Bréfritari: Jóhannes Halldórsson
Dagsetning: A-1875-08-22
Skrifað á: Vesturheimi

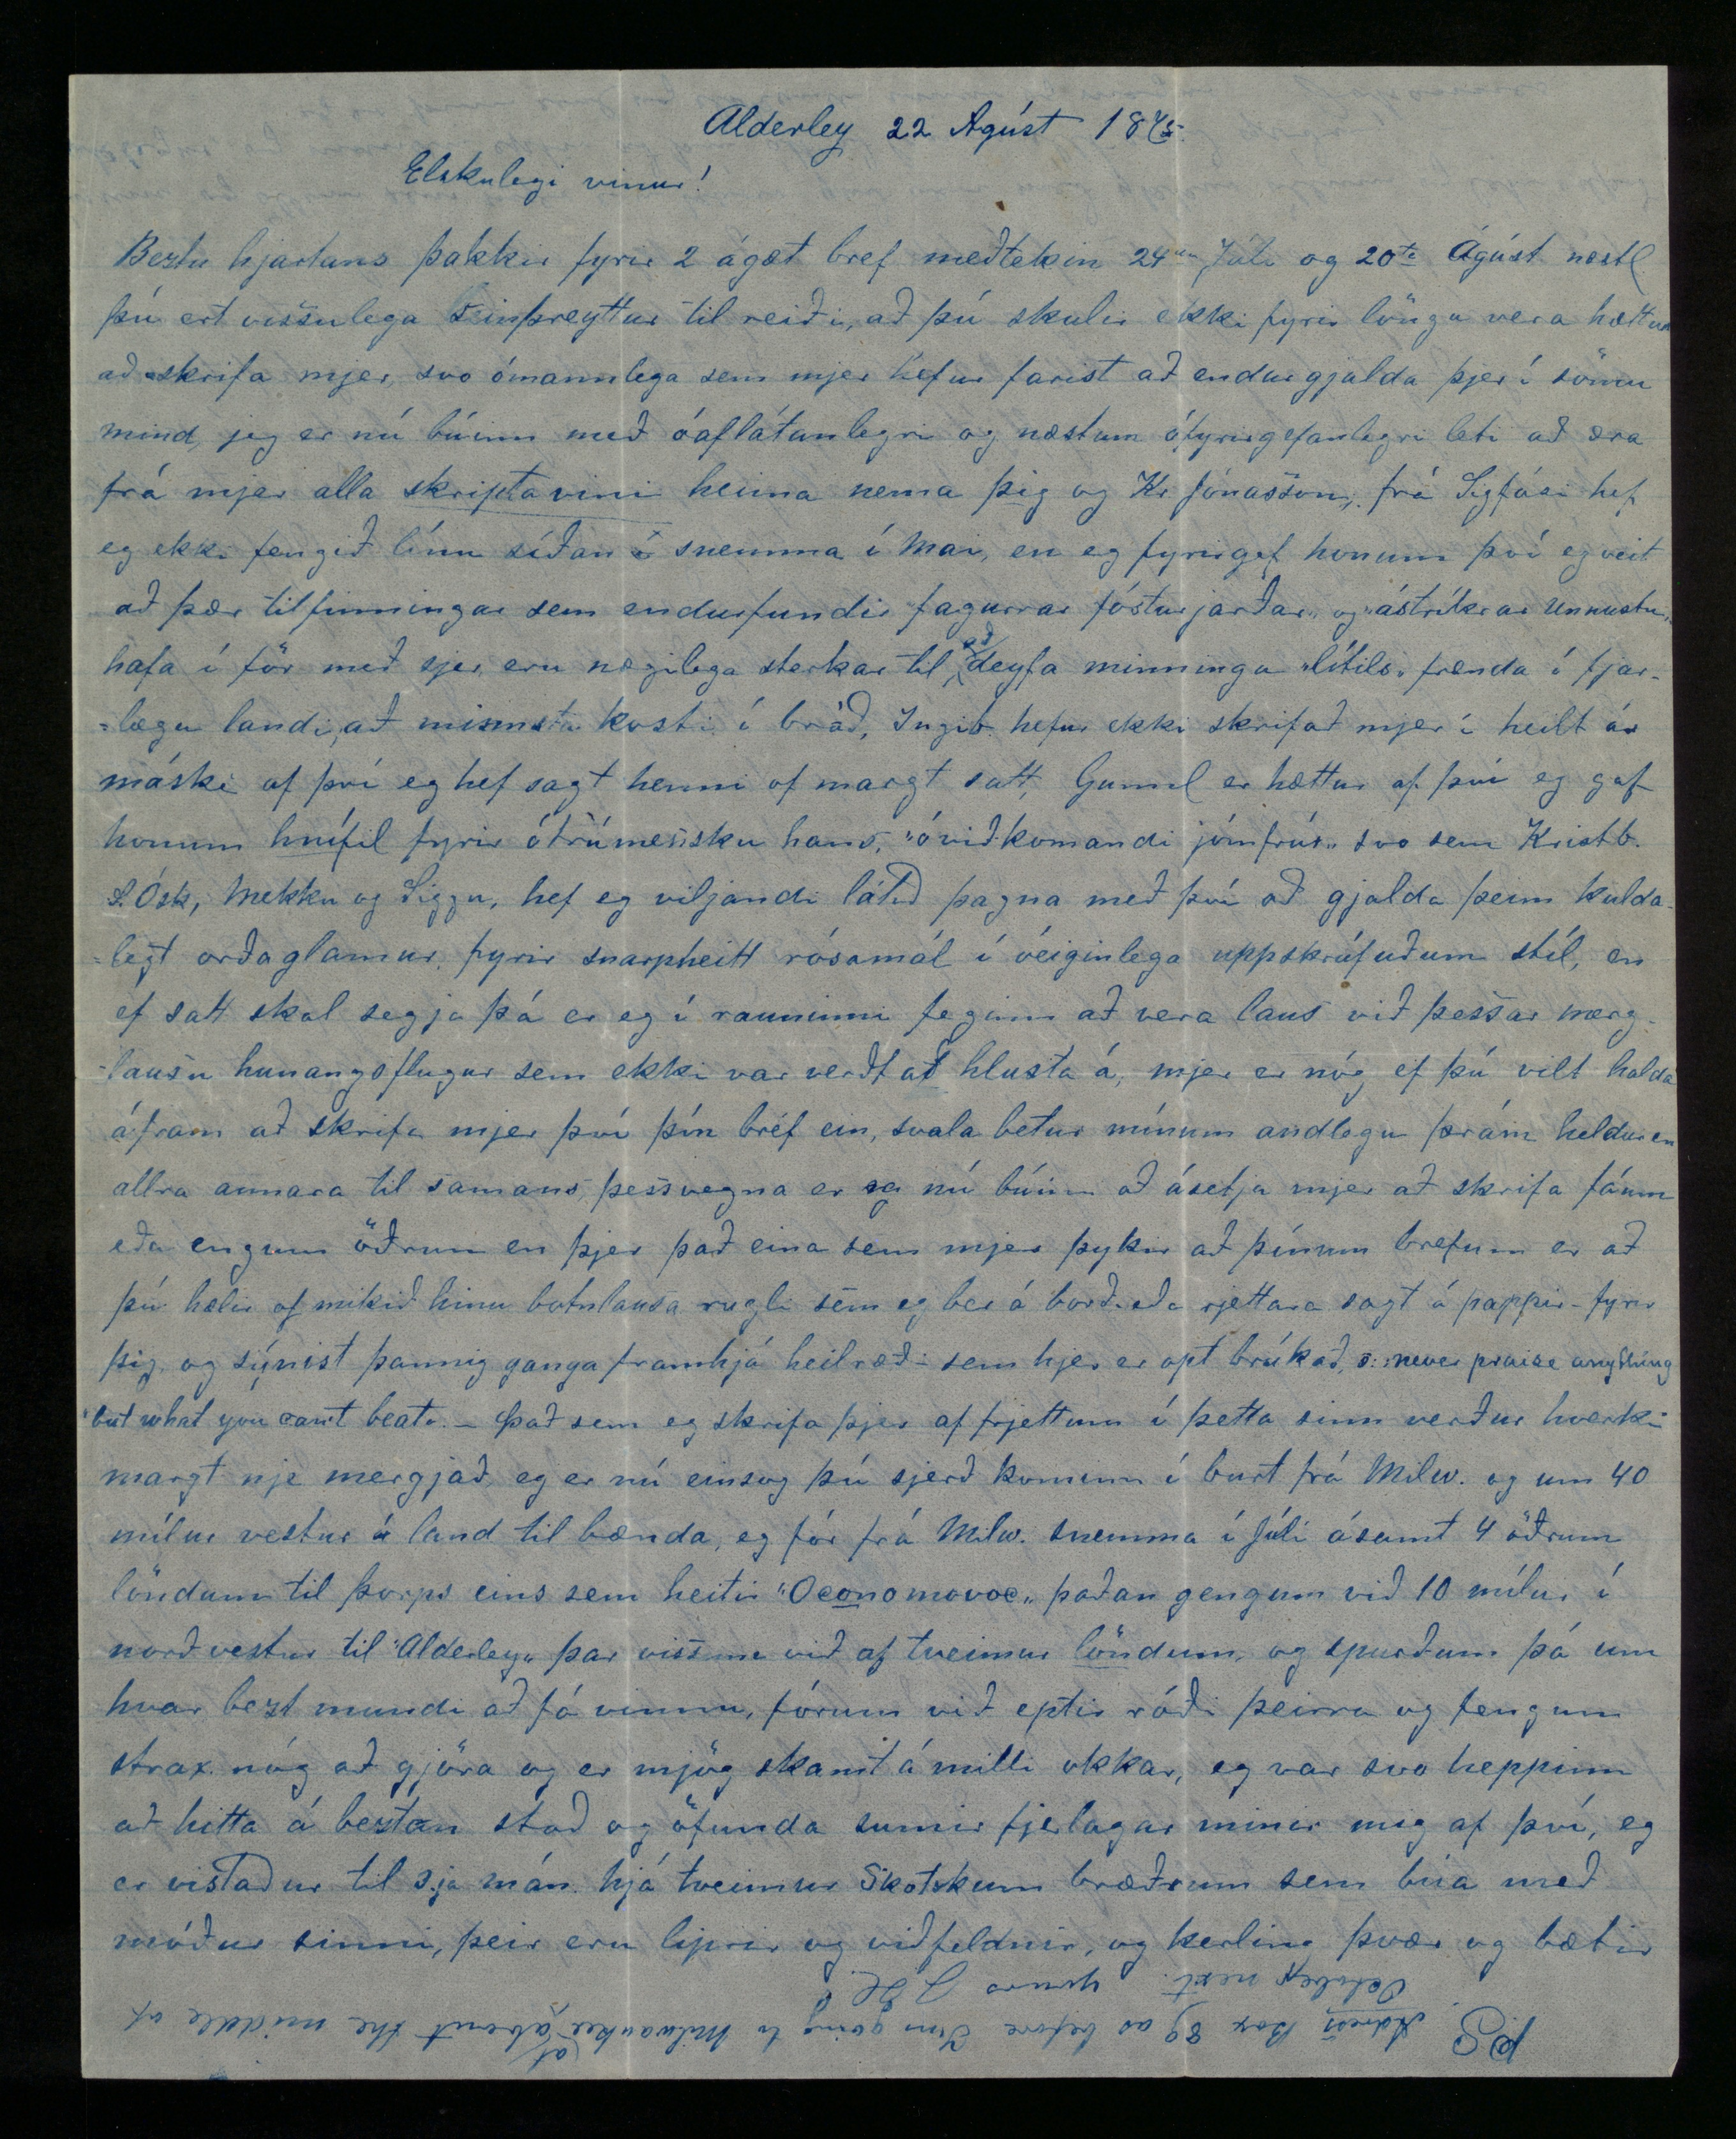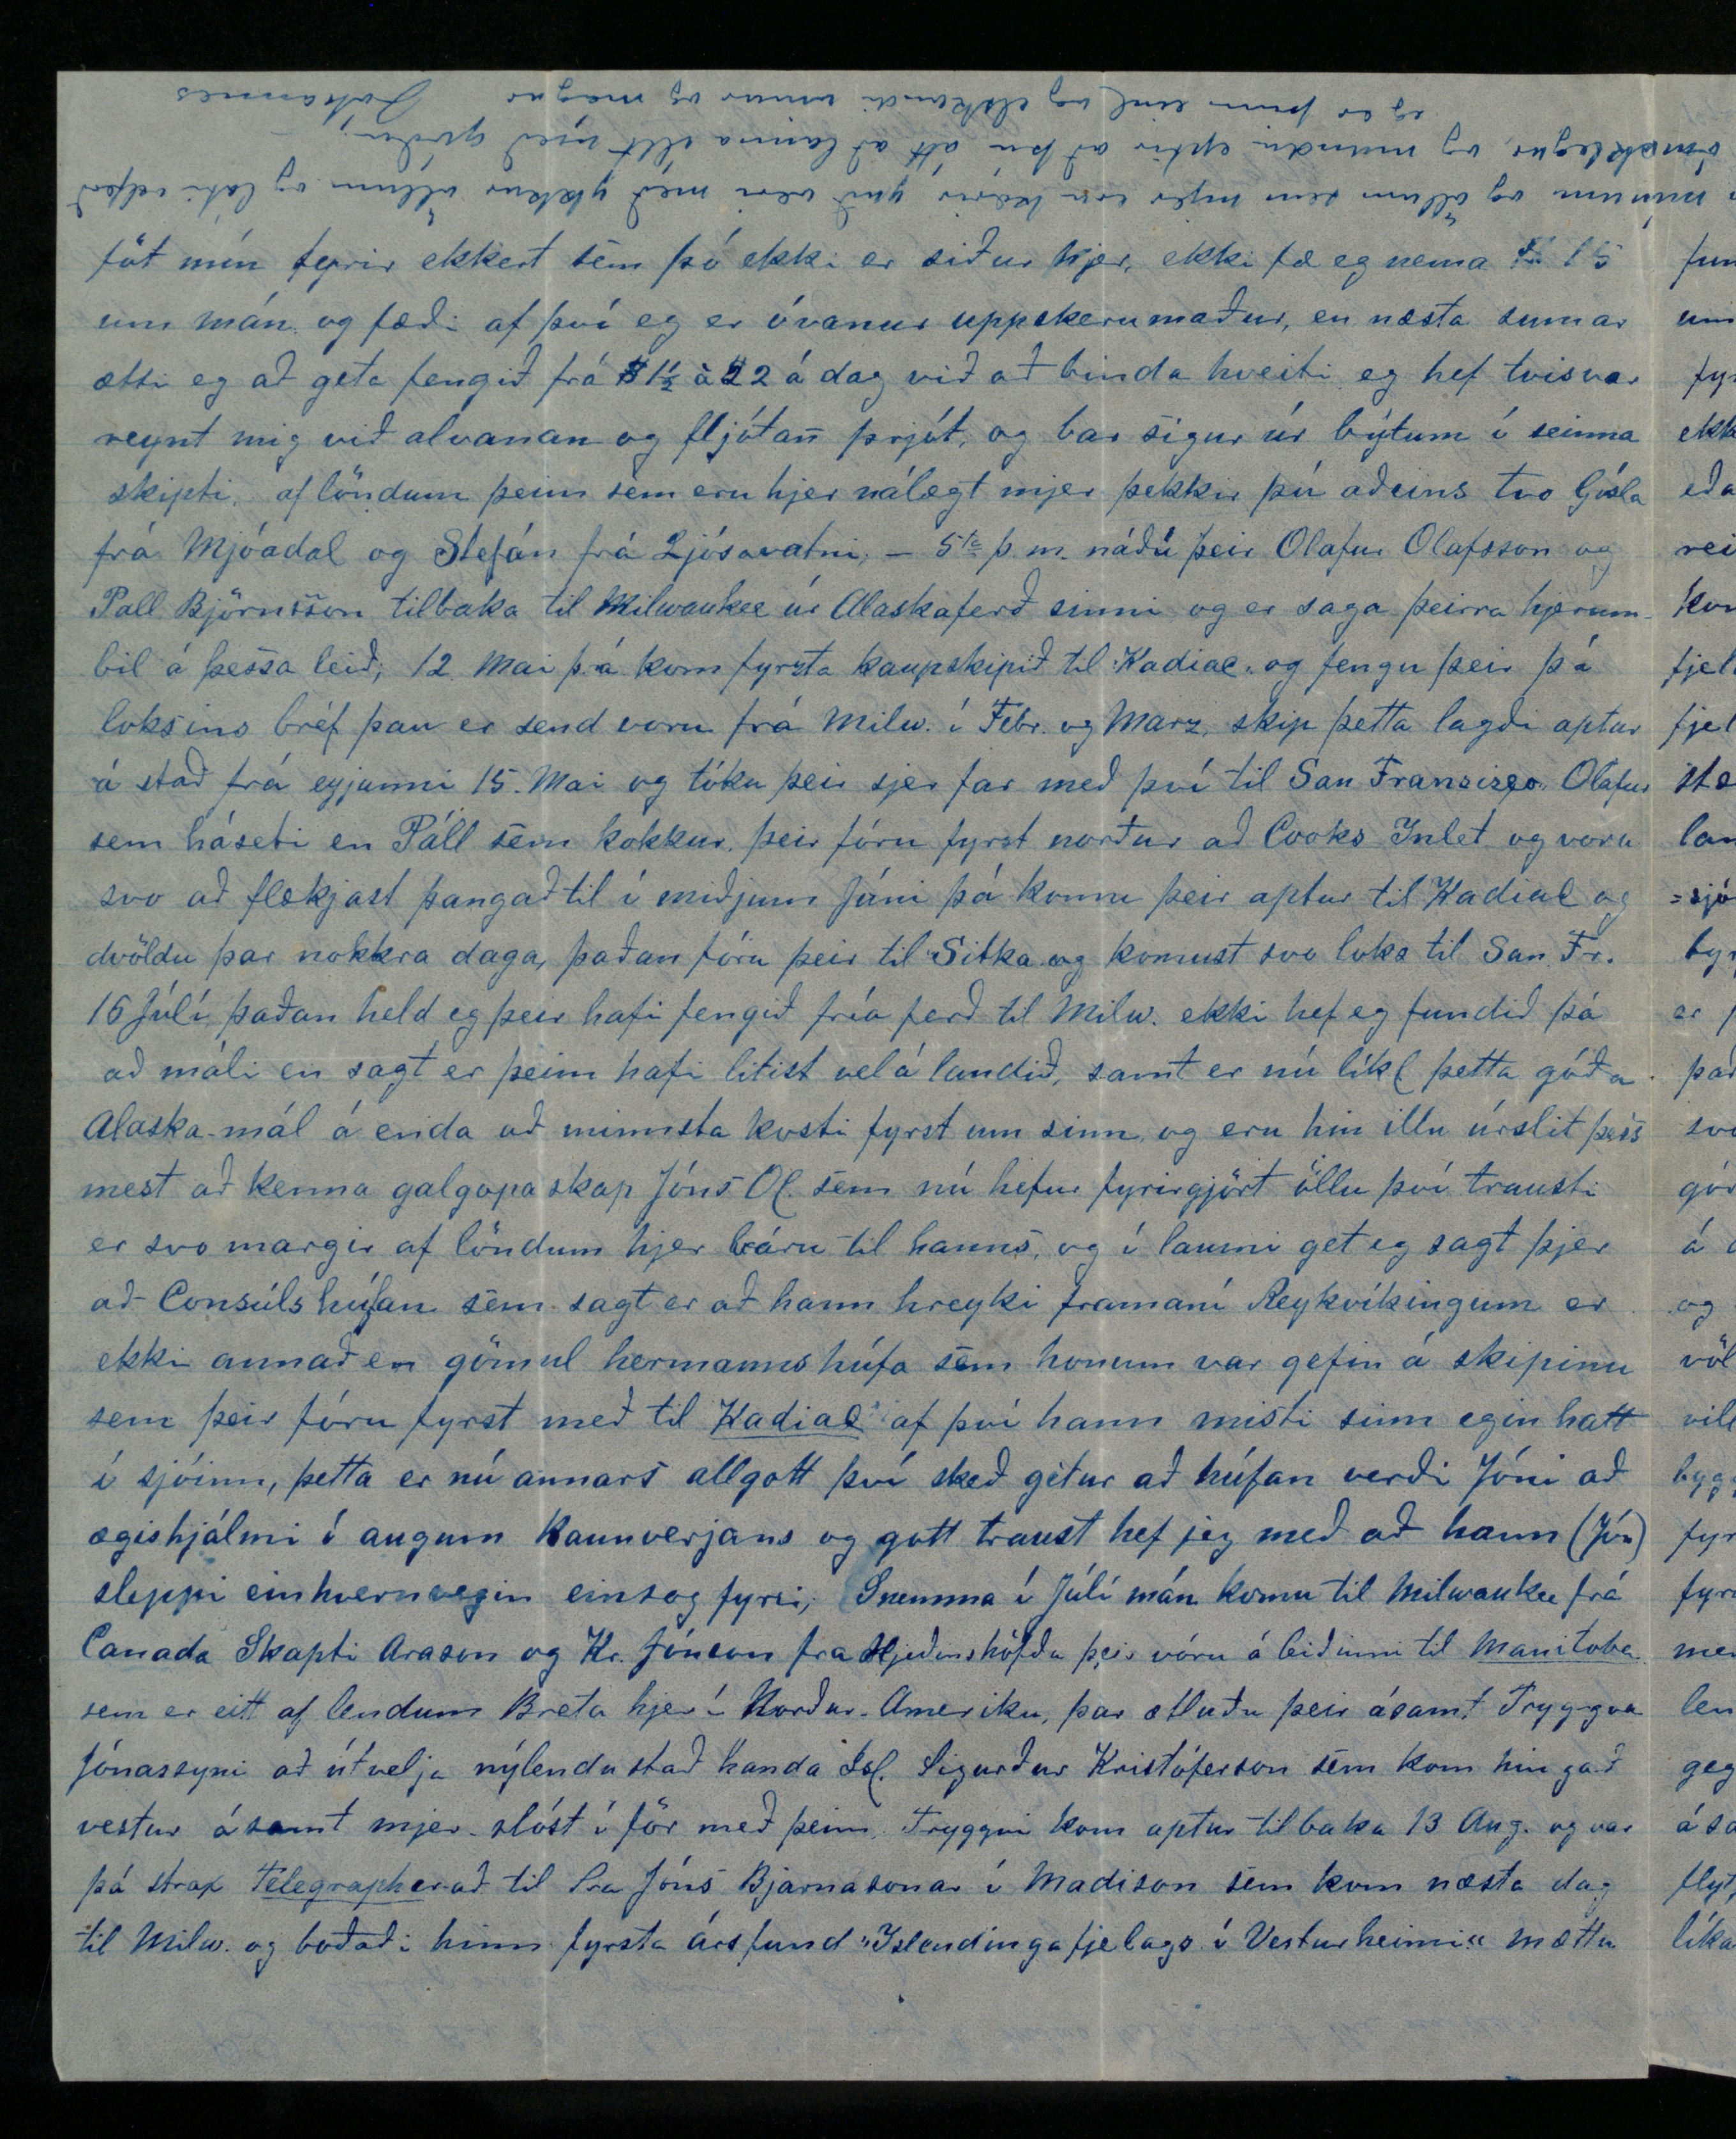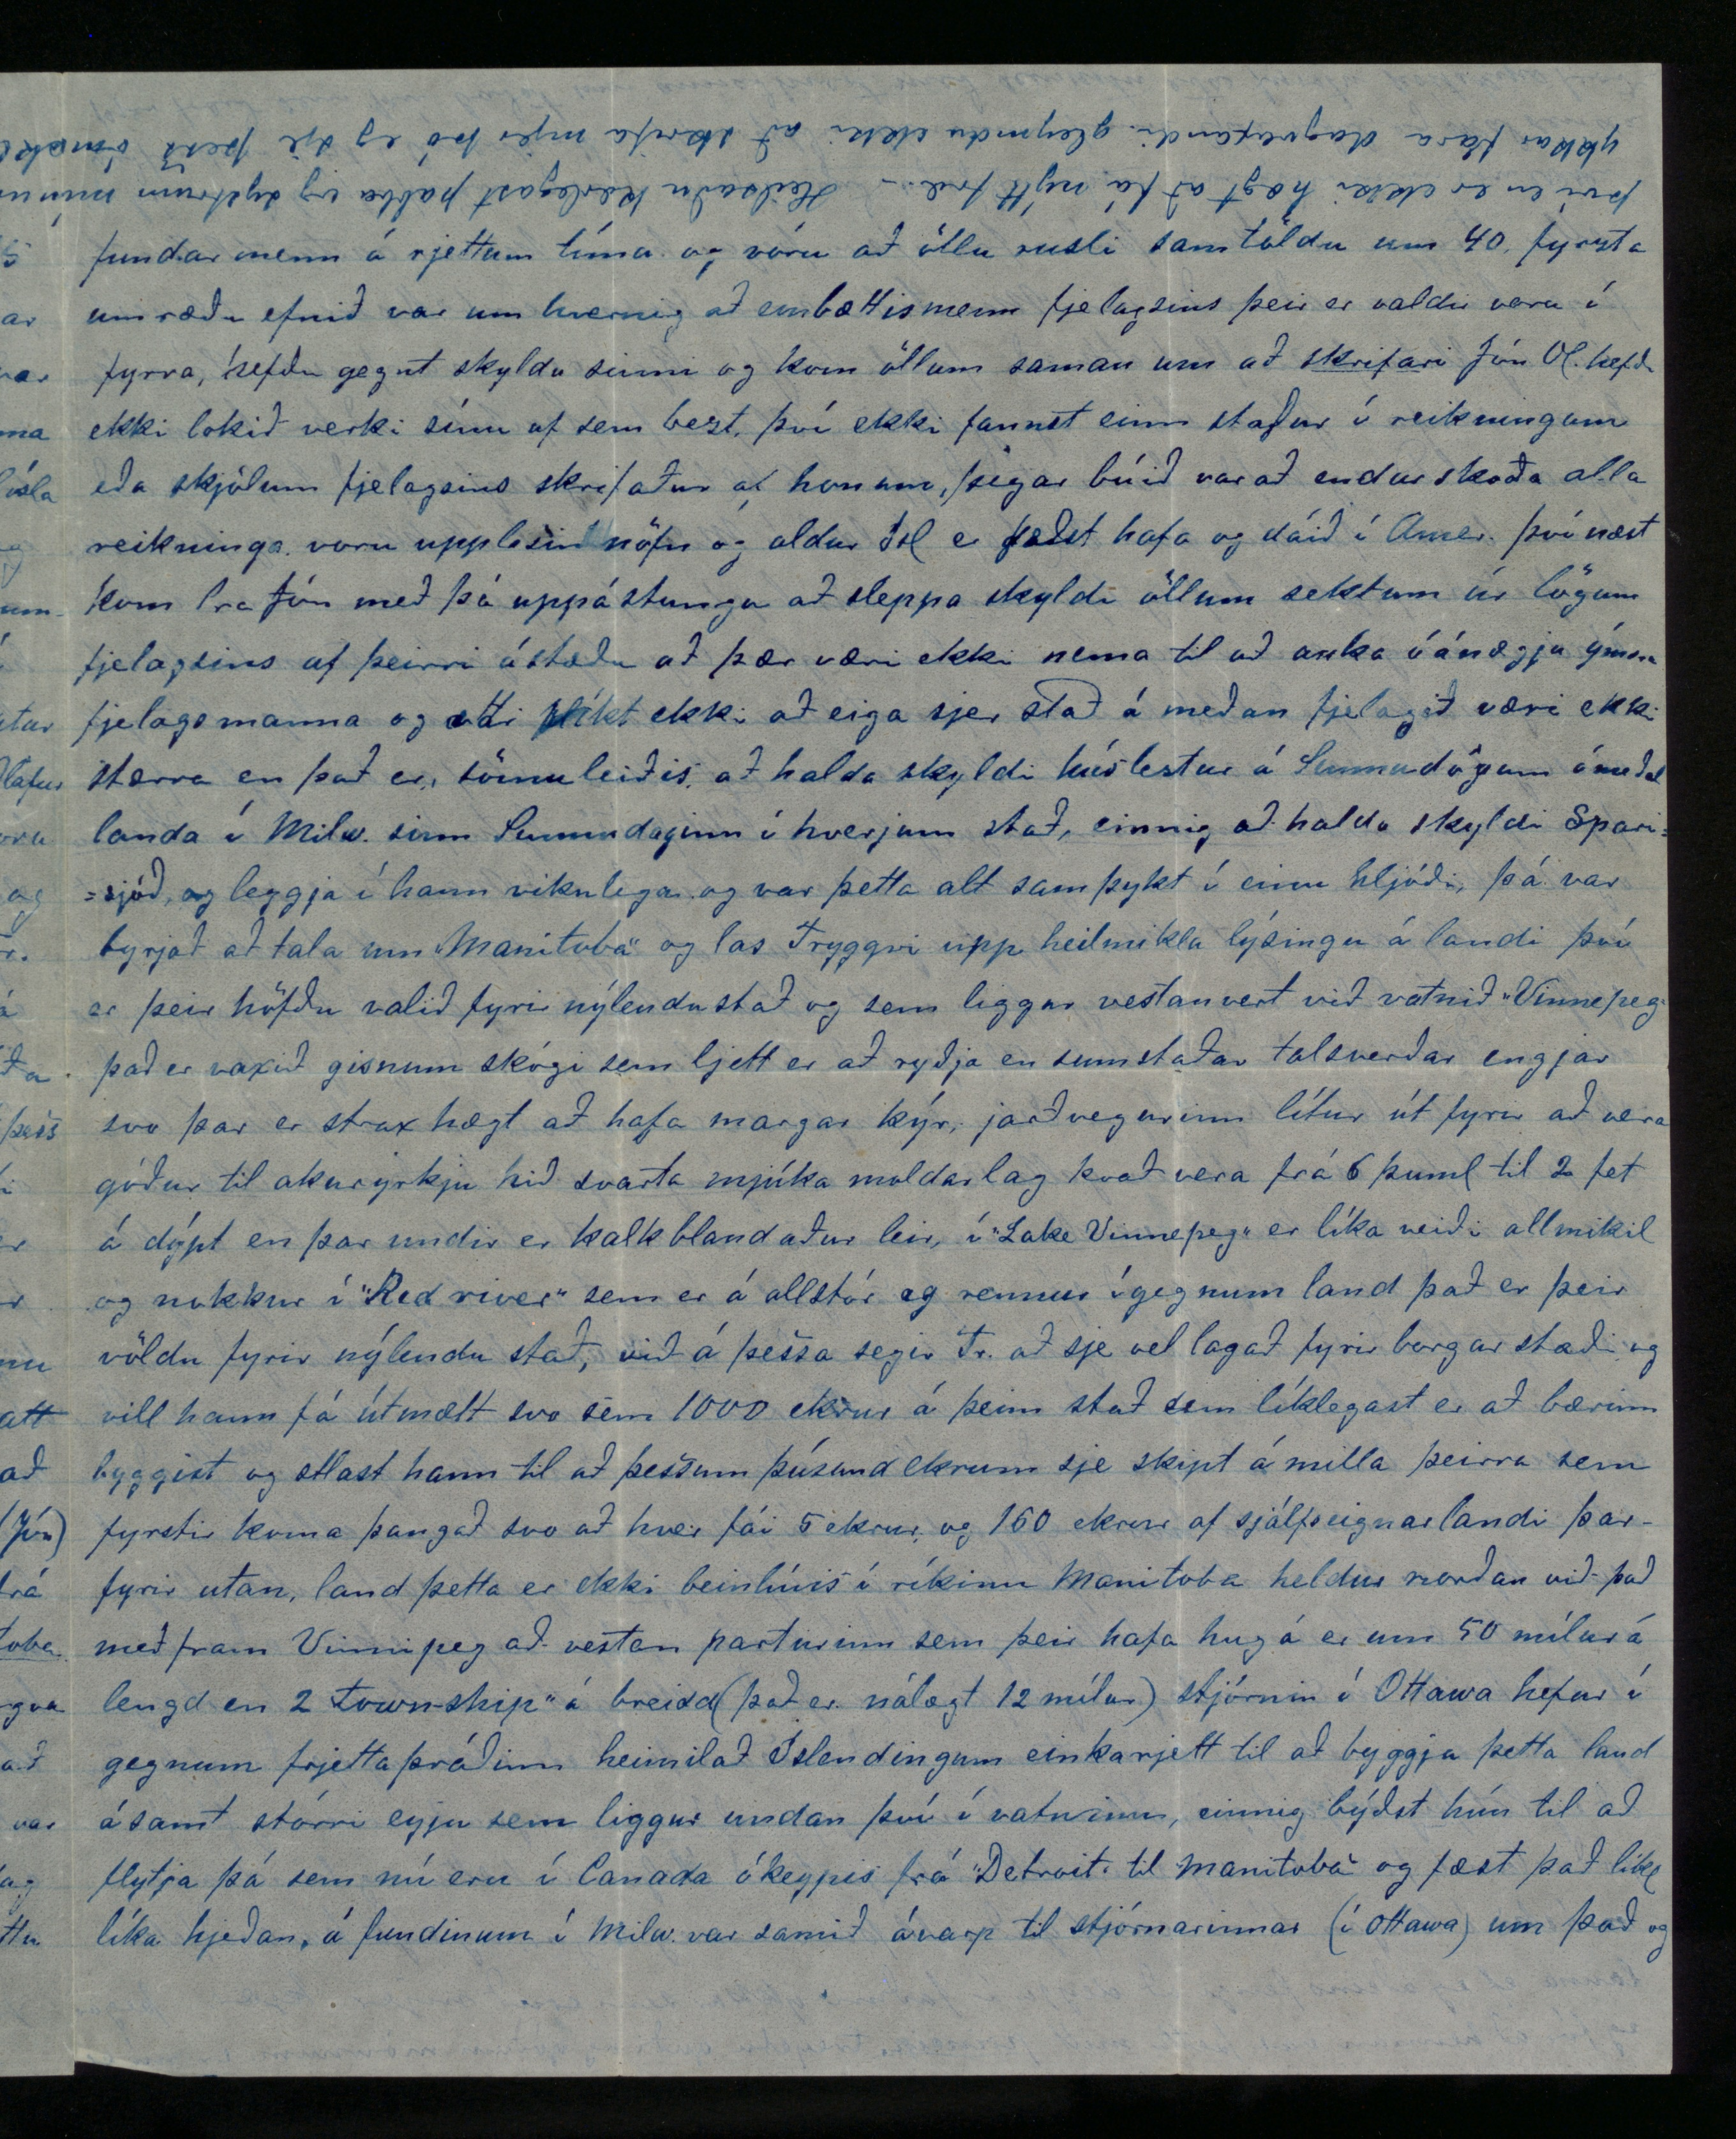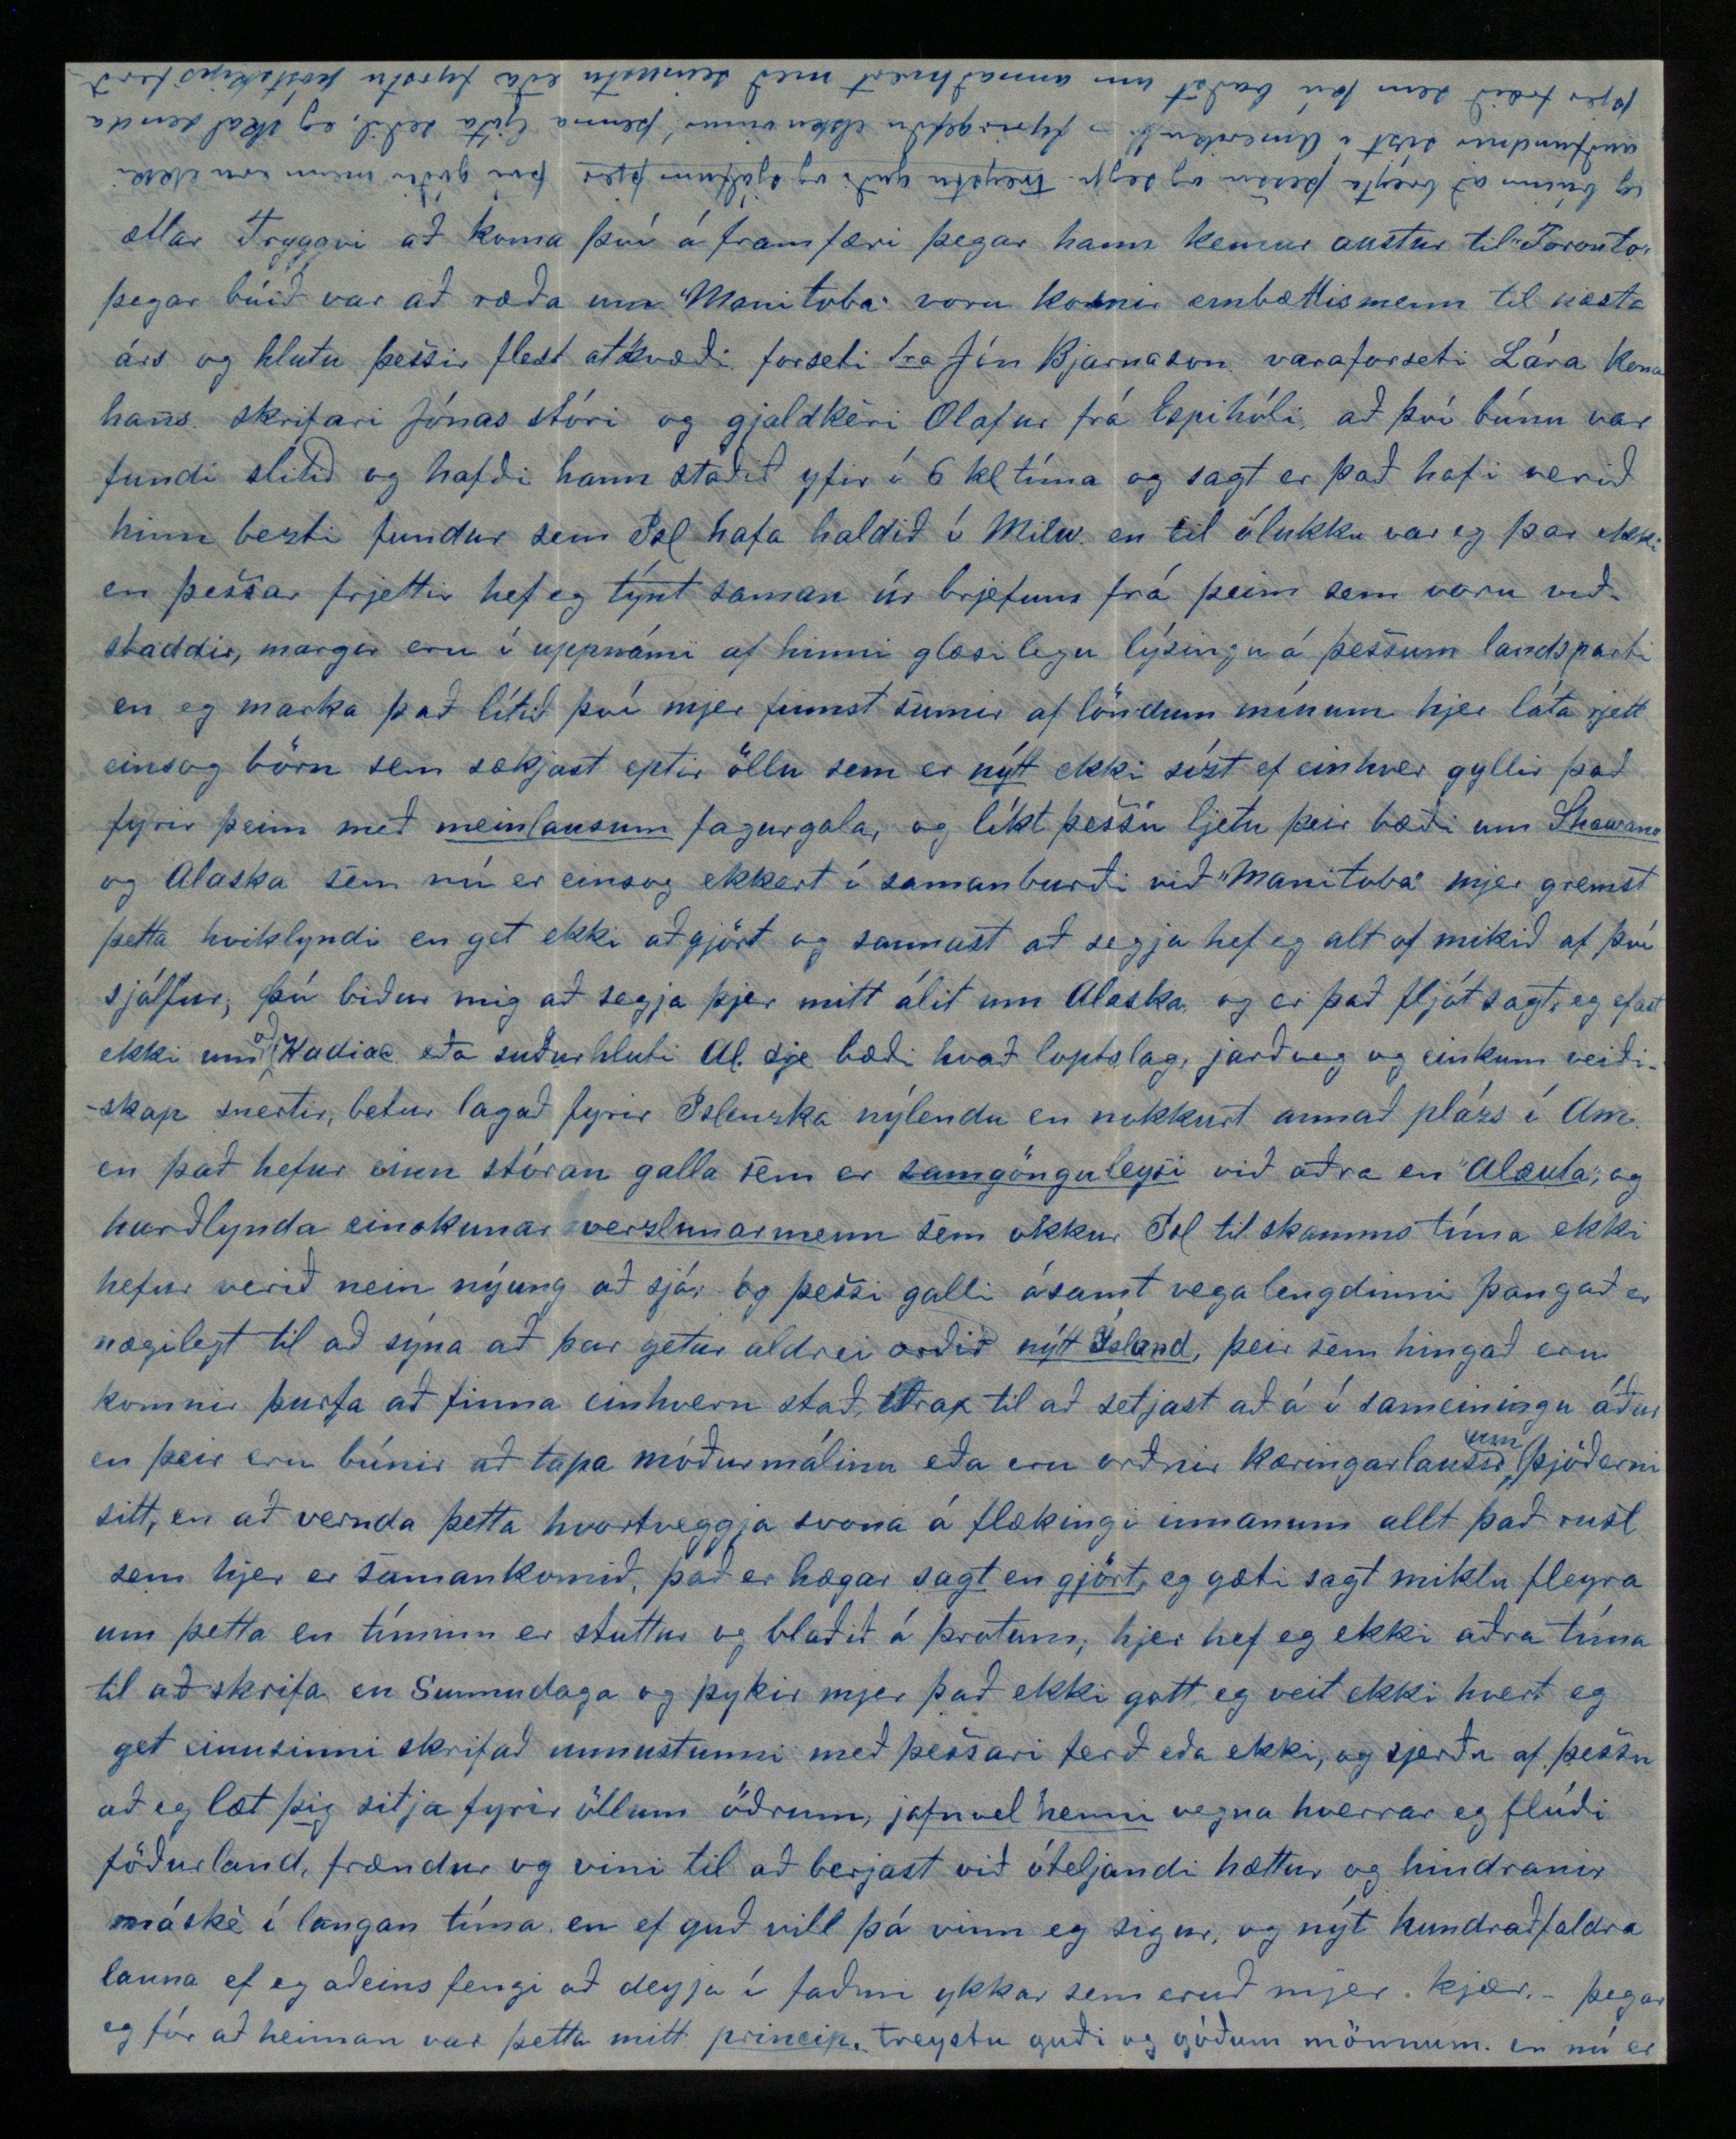

P.S.
Adress
Box 89 as before I'm going to Milwaukee
at
about the middel of October next. yours J.H.
Elskulegi vinur!
Beztu hjartans þakkir fyrir 2 ágæt bref meðtekin 24
a
Júlí og 20
te
næstl þú ert vissulega seinþreyttur til reiði, að þú skulir ekki fyrir löngu vera hættur að skrifa mjer, svo ómannlega sem mjer hefur farist að endurgjalda þjer í sömu mind jeg er nú búinn með óaflátanlegri og næstum ófyrirgefanlegri leti að æra frá mjer alla sriptavini heima nema þig og Kr Jónasson, frá Sigfúsi hef eg ekki fengið línu síðan
í
snemma í mai en eg fyrirgef honum því eg veit að þær tilfinningar sem endurfundir fagurrar fósturjarðar og „ástríkrar unnustu„ hafa í för með sjer eru nægilega sterkar til
að
deyfa minningu lítils fræna í fjarlægu landi að minnsta kosti í bráð. Ingib. hefur ekki skrifað mjer í heilt ár máské af því eg hef sagt henni of margt satt, Gunnl er hættur af því eg gaf honum hnífil fyrir ótrúmensku hans "óviðkomandi jómfrú„ svo sem Kristb. S.Ósk, Mekku og Siggu, hef eg viljandi látið þagna með því að gjalda þeim kuldalegt orðaglamur fyrir snarpheitt rósamál í óeiginlega uppsrkúfuðum stíl, en ef satt skal segja þá er eg í rauninni feginn að vera laus við þessar vænglausu hunangsflugur sem ekki var verdt að hlusta á, mjer er nóg ef þú vilt halda áfram að skrifa mjer því þín bréf ein svala betur mínum andlegu þrám heldur en allra annara til samans þessvegna er eg nú búinn að ásetja mjer að skrifa fáum eða engum öðrum en þjer það eina sem mjer þykir að þínum brefum er að þú hælir of mikið hinu botnlausa rugli sem eg ber á borð eða rjettara sagt á pappír fyrir þig og sýnist þannig ganga framhjá heilræði sem hjer er opt brúkað 0: never praise anything but what you can't beat. Það sem eg skrifa þjer af frjettum í þetta sinn verður hverki nje mergjað eg er nú einsog þú sjerð kominn í burt frá Milw. og um 40 mílur vestur á land til bænda, eg fór frá Milw. snemma í Júlí ásamt 4 öðrum löndum til þorps eins sem heitir
"Oconomovoe„
þaðan gengum við 10 mílur í norðvestur til "Alderley„ þar vissum við af tveimur löndum og spurðum þá um hvar bezt mundi að fá vinnu, fórum við eptir ráði þeirra og fengum strax nóg að gjöra og er mjög skamt á milli okkar, eg var svo heppinn að hitta á beztan stað og öfunda sumir fjelagar mínir mig af því, eg er vistaður til 3ja mán. hjá tveimur Skotskum bræðrum sem búa með móður sinni, þeir eru liprir og viðfeldnir, og kerling þvær og bætir
föt mín fyrir ekkert sem þó ekki er siður hjer, ekki fæ eg nema $15 um mán. og fæði af því eg er óvanur uppskerumaður, en næsta sumar ætti eg að geta fengið frá $ 1 1/2 á $2 á dag við að binda hveiti hef eg tvisvar reynt mig við alvanan og fljótan þrjót og bar sigur úr býtum í seinna skipti af löndum þeim sem eru hjer nálægt mjer þekkir þú aðeins tvo Gísla frá Mjóadal og Stefán frá Ljósavatni, - 5
ta
þ.m. náðu þeir Olafur Olafsson og Pall Björnsson tilbaka til Milwaukee úr Alaskaferð sinni og er saga þeirra hjerum bil á þessa leið; 12 mai þá kom fyrzta kaupskipið til Kodiac og fengu þeir þá loksins bréf þau er send voru frá Milw. í Febr. og Marz skip þetta lagði aptur á stað frá eyjunni 15. Mai og tóku þeir sjer far með því til San Fransisco Olafur sem háseti en Páll sem kokkur þeir fóru fyrst norður að Cooks Inlet og voru svo að flækjast þangað til í miðjum Júní þá komu þeir aptur til Kodiac og dvöldu þar nokkra daga, þaðan fóru þeir til Sitka og komust svo loks til San Fr. 16 Júlí þaðan held eg þeir hafi fengið fría ferð til Milw. ekki hef eg fundið þá að máli en sagt er þeim hafi litist vel á landið, samt er nú líkl þetta góða Alaska mál á enda að minnsta kosti fyrst um sinn og eru hin illu úrslit þess mest að kenna galopaskap Jóns Ol. sem nú hefur fyrirgjört öllu því trausti er svo margir af löndum hjer báru til hanns og í launi get eg sagt þjer að Consúlshúfan sem sagt er að hann hreyki framaní Reykvíkingum er ekki annað en gömul hermannshúfa sem honum var gefin á skipinu sem þeir fóru fyrst með til
Kodiac
af því hann misti sinn egin hatt í sjóinn, þetta er nú annars allgott því skeð getur að húfan verði Jóni að ægishjálmi í augum Baunverjans og gott traust hef jeg með að hann (Jón) sleppi einhvernvegin einsog fyrri, Snemma í Júlí mán komu til Milwaukee frá Canada Skapti Arason og Kr. Jónsson fra Hjeðinshöfða þeir vóru á leiðinni til
Manitoba
sem er eitt af lendum Breta hjer í Norður-Ameríku, þar ætluðu þeir ásamt Tryggva Jónassyni að útvelja nýlendustað handa Isl. Sigurður Kristóferson sem kom hingað vestur ásamt mjer slóst í för með þeim Tryggvi kom aptur til baka 14 Aug. og var þá strax
telegrapherað
til Sra Jóns Bjarnasonar í Madison sem kom næsta dag til Milw. og boðaði hinn fyrsta ársfund „Islendingafjelags í Vesturheimi" mættu
fundar menn á rjettum tíma og vóru að öllu rusli samtöldu um 40 fyrzta umræðuefnið var um hvernig að embættismenn fjelagsins þeir er valdir voru í fyrra hefðu gegnt skyldu sinni og kom öllum saman um að
skrifari
Jón Ol. hefði ekki lokið verki sínu af sem bezt því ekki fannst einn stafur í reikningum eða skjölum fjelagsins skrifaður af honum, þegar búið var að endurskoða alla reikninga voru upplesin nöfn og aldur Isl er fæðst hafa og dáið í Amer. því næst kom Sra Jón með þá uppástungu að sleppa skyldi öllum sektum úr lögum fjelagsins af þeirri ástæðu að þær væri ekki nema til að auka óánægju ýmsra fjelagsmanna og ætti slíkt ekki að eiga sjer stað á meðan fjelagið væri ekki stærra en það er, sömuleiðis að halda skyldi húslestur á Sunnudögum á meðal landa í Milw. sinn Sunnudaginn í hverjum stað, einnig að halda skyldi Sparisjóð og leggja í hann vikulega og var þetta alt samþykkt í einu hljóði, þá var byrjað að tala um „Manitoba" og las Tryggvi upp heilmikla lýsingu á landi því er þeir höfðu valið fyrir nýlendustað og sem liggur vestanvert við vatnið „Vinnepeg" það er vaxið grisnum skógi sem ljett er að ryðja en sumstaðar talsverðar engjar svo þar er strax hægt að hafa margar kýr, jarðvegurinn lítur út fyrir að vera góður til akuryrkju hið svarta mjúka moldarlag kvað vera frá 6 þuml til 2 fet á dýpt en þar undir er kalkblandaður leir í "Lake Vinnepeg" er líka veiði allmikil og nokkur í "Red river" sem er á allstór og rennur í gegnum land það er þeir völdu fyrir nýlendu stað, við á þessa segir Tr. að sje vel lagað fyrir borgarstæði og vill hann fá útmælt svo sem 1000 ekrur á þeim stað sem líklegast er að bærinn byggist og ætlast hann til að þessum þúsund ekrum sje skipt á milli þeirra sem fyrstir koma þangað svo að hver fái 5 ekrur og 160 ekrur af sjálfseignarlandi þar fyrir utan, land þetta er ekki beinlínis í ríkinu Manitoba heldur norðan við það meðfram Vinnipeg að vestan parturinn sem þeir hafa hug á er um 50 mílur á lengd en 2 „town-ship" á breidd (það er nálægt 12 mílur) stjórnin í Ottawa hefur í gegnum frjettaþráðinn heimilað Islendingum einkarjett til að byggja þetta land ásamt stórri eyju sem liggur undan því í vatninu, einnig býðst hún til að flytja þá sem nú eru í Canada ókeypis frá "Detroit" til "Manitoba" og fæst það líkl líka hjeðan, á fundinum í Milw. var samið ávarp til stjórarinnar (í Ottawa) um það og
því en er ekki hægt að fá nýtt fræ. - Heilsaðu kærlegast pabba og systrum mínum og öllum sem mjer eru kærir guð veri með ykkur öllum og láti velferð ykkar fara dagvaxandi gleymdu ekki að skrifa mjer þó að eg sje þess ómaklegur og mundu eptir að þú átt að launa íllt með góðu, eg er þinn einl. og elskandi vinur og mágur Jóhannes
ætlar Tryggvi að koma því á framfæri þegar hann kemur austur til "Toronto" þegar búið var að ræða um "Manitoba" voru kosnir embættismenn til næsta árs og hlutu þessir flest atkvæði forseti Sra Jón Bjarnason varaforseti Lára kona hans skrifari Jónas stóri og gjaldkeri Olafur frá Espihóli að því búnu var fundi slitið og hafði hann staðið yfir í 6 kltíma og sagt er það hafi verið hinn bezti fundur sem Isl hafa haldið í Milw. en til ólukku var eg þar ekki en þessar frjettir hef eg týnt saman úr brjefum frá þeim sem voru viðstaddir, margir eru í uppnámi af hinni glæsilegu lýsingu á þessum landsparti en eg marka það lítið því mjer finnst sumir af löndum mínum hjer láti rjett einsog börn sem sækjast eptir öllu sem er
nýtt
ekki sízt ef einhver gyllir það fyrir þeim með
meinlausum
fagurgala, og líkt þessu ljetu þeir bæði um
Shawano
og Alaska sem nú er einsog ekkert í samanburði við "Manitoba" mjer gremst þetta kvikyndi en get ekki aðgjört og sannast að segja hef eg allt of mikið af því sjálfur, þú biður mig að segja þjer mitt álit um Alaska og er það fljótsagt, eg efast ekki um
að
Kodiac eða suðurhluti Al. sje bæði hvað loptslag, jarðveg og einkum veiðiskap snertir betur lagað fyrir Islenzka nýlendu en nokkurt annað pláss í Am. en það hefur einn stóran galla sem er
samgönguleysi
við aðra en
"Alaula"
og harðlynda einskonar
verzlunarmenn
sem okkur Isl til skamms tíma ekki hefur verið nein nýung að sjá, og þessi galli ásamt vegalengdinni þangað er nægilegt til að sýna að þar getur aldrei orðið
nýtt Ísland
þeir sem hingað eru komnir þurfa að finna einhvern stað strax til að setjast að á í sameiningu áður en þeir eru búnir að tapa móðurmálinu eða eru orðnir kæringarlausir
um
þjóðerni sitt, en að vernda þetta hvortveggja svona á flækningi innanum allt það rusl sem hjer er samankomið, það er hægar
sagt
en
gjört
, eg gæti sagt miklu fleyra um þetta en tíminn er stuttur og blaðið á þrotum, hjer hef eg ekki aðra tíma til að skrifa en Sunnudaga og þykir mjer það ekki gott eg veit ekki hvert eg get einusinni skrifað unnustunni með þessari ferð eða ekki, og sjerðu af þessu að eg læt þig sitja fyrir öllum öðrum,
jafnvel henni
vegna hverrar eg flúði föðurland, frændur og vini til að berjast við óteljandi hættur og hindranir máské í langan tíma en ef guð vill þá vinn eg sigur og nýt hundraðfaldra launa ef eg aðeins fengi að deyja í faðmi ykkar sem eruð mjer kjær. þegar eg fór að heiman var þetta mitt
princip
. treystu guði og góðum mönnum. en nú er
eg búinn að breyta þessu og segja.
treystu guði og sjálfum þjer
því góðir menn eru ekki auðfundnir sízt í Ameriku!! - fyrirgefðu elsku vinur! þenna ljóta seðil, eg skal senda þjer fræið sem þú baðst um annaðhvert með seinustu eða fyrstu póstskipsferð